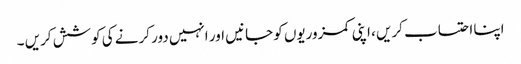
اپنا احتساب کریں ، اپنی کمزوریوں کو جانیں اور انہیں دور کرنے کی کوشش کریں ۔